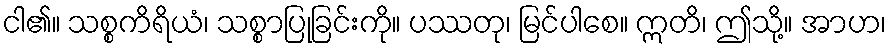
ငါ၏။ သစ္စကိရိယံ၊ သစ္စာပြုခြင်းကို။ ပဿတု၊ မြင်ပါစေ။ ဣတိ၊ ဤသို့။ အာဟ၊